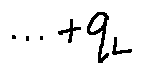
\cdots + q _ { L }